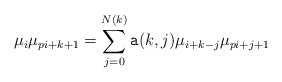
\begin{align*}\mu_i\mu_{pi+k+1}=\sum_{j=0}^{N(k)} {\tt a}(k,j)\mu_{i+k-j}\mu_{pi+j+1}\end{align*}